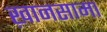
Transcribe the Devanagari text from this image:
ख़ानसामा